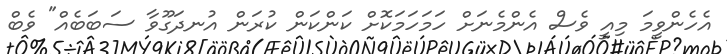
އެހެންވީމަ މިއީ ވެސް އެންމެނަށް ހަމަހަމަކޮށް ކަންކަން ކުރަން އުނދަގޫވާ ސަބަބެއް" ވެބް